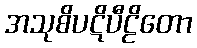
အသုစိပဋိပီဠိတော